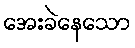
အေးခဲနေသော